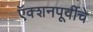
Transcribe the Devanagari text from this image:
ऍक्शनपूर्वीचे